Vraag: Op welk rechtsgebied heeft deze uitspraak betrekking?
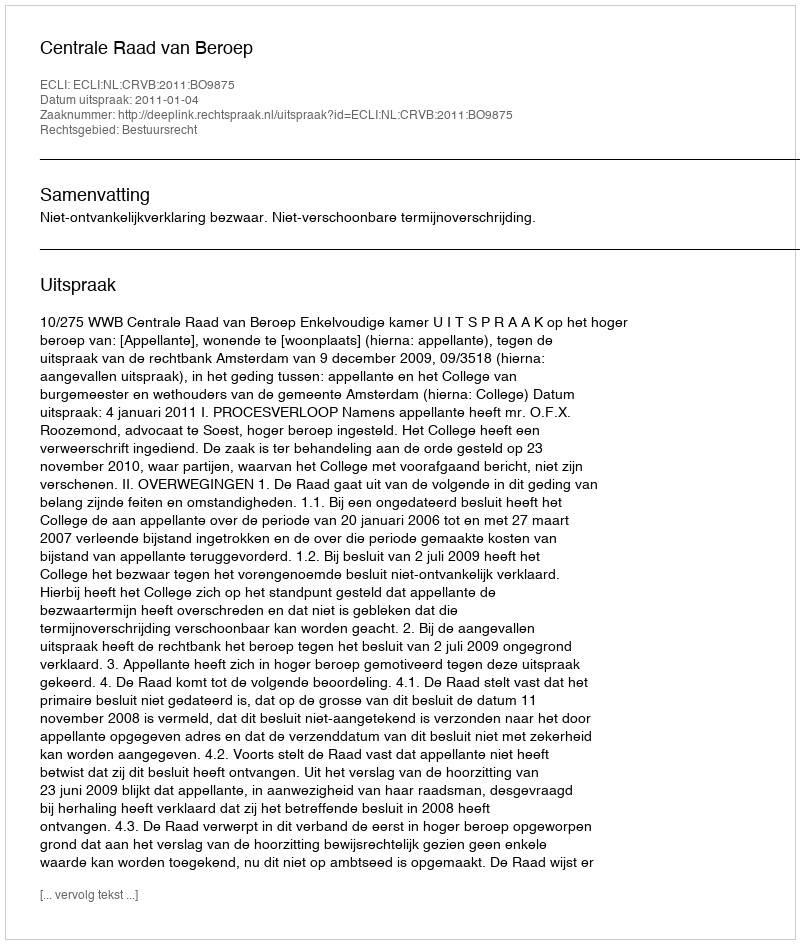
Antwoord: Bestuursrecht